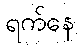
ရက်နေ